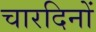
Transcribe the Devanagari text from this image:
चारदिनों